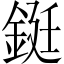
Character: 鋌